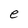
Character: e